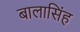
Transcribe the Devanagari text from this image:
बालासिंह